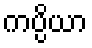
ကပ္ပိယာ